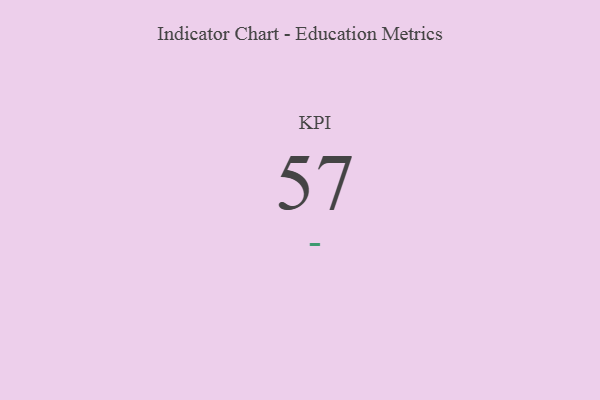
{"axis": {"x": "KPI", "y": "Value"}, "legend": [""], "data": [{"x": "KPI", "y": 57, "type": ""}]}